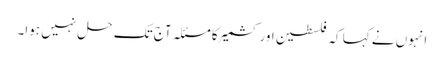
انہوں نے کہا کہ فلسطین اور کشمیر کا مسئلہ آج تک حل نہیں ہوا۔